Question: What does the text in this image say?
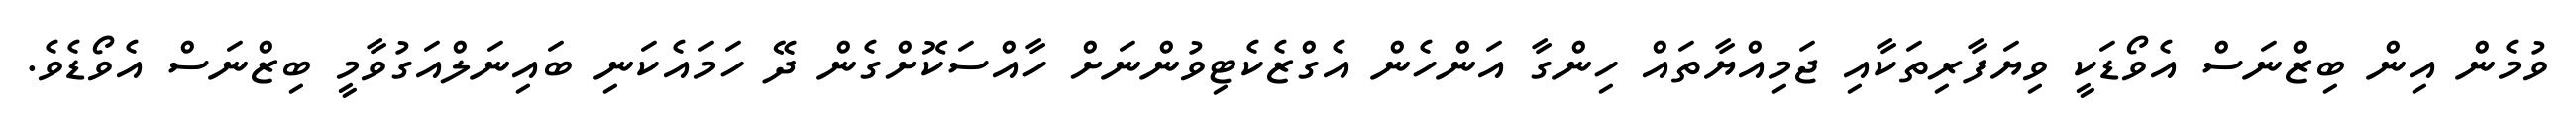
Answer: ވުމެން އިން ބިޒްނަސް އެވޯޑަކީ ވިޔަފާރިތަކާއި ޖަމިއްޔާތައް ހިންގާ އަންހެން އެގްޒެކެޓިވުންނަށް ހާއްސަކޮށްގެން ދޭ ހަމައެކަނި ބައިނަލްއަގުވާމީ ބިޒްނަސް އެވޯޑެވެ.